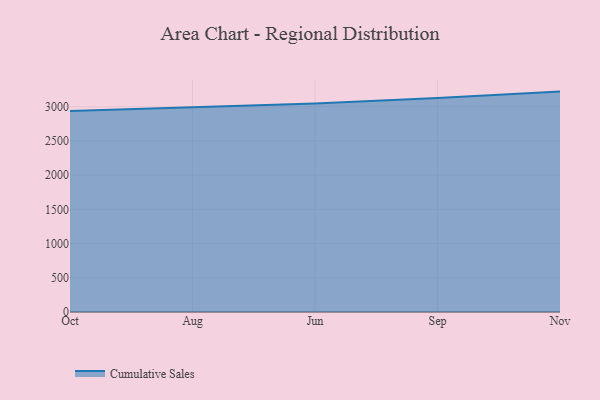
{"axis": {"x": "Month", "y": "Satisfaction Score"}, "legend": ["Cumulative Sales"], "data": [{"x": "Oct", "y": 2938.4, "type": "Cumulative Sales"}, {"x": "Aug", "y": 2991.7, "type": "Cumulative Sales"}, {"x": "Jun", "y": 3044.9, "type": "Cumulative Sales"}, {"x": "Sep", "y": 3126.3, "type": "Cumulative Sales"}, {"x": "Nov", "y": 3220.3, "type": "Cumulative Sales"}]}